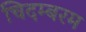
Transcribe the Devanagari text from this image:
चिदम्‍बरम